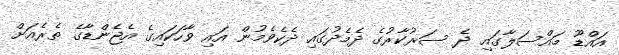
އައްޑޫ މައްސަލާގައި ދެ ސަރުކާރުގެ ދެމެދުގައި ދެކެވެމުން އައި ވާހަކައިގެ އެޖެންޑާގެ ތެރެއަށް